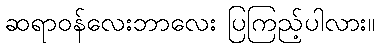
ဆရာဝန်လေးဘာလေး ပြကြည့်ပါလား။